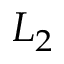
L _ { 2 }